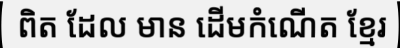
ពិត ដែល មាន ដើមកំណើត ខ្មែរ